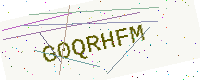
Text: G0QRHFM